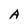
Character: A